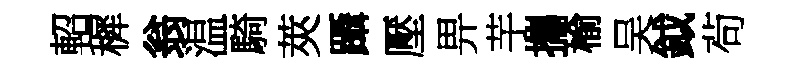
軺穉翁温騎莢躡壓畀芋攜榆吴鉞茍